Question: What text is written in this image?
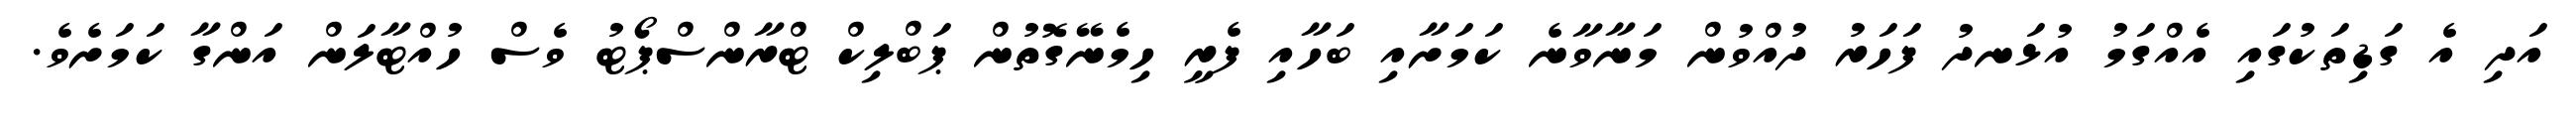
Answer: އަދި އެ ގަޑިތަކުގައި އެއްގަމު އުޅަނދު ފަހަރު ދުއްވުން މަނާވާނެ ކަމަށާއި ބަހާއި ފެރީ ހިމެނޭގޮތުން ޕަބްލިކް ޓްރާންސްޕޯޓު ވެސް ހުއްޓާލަން އަންގާ ކަމަށެވެ.